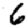
Digit: 6